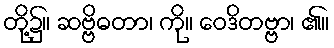
တို့၌။ ဆဗ္ဗိဓတာ၊ ကို။ ဝေဒိတဗ္ဗာ၊ ၏။